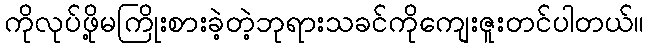
ကိုလုပ်ဖို့မကြိုးစားခဲ့တဲ့ဘုရားသခင်ကိုကျေးဇူးတင်ပါတယ်။